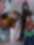
প